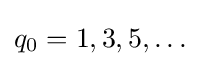
q_{0}=1,3,5,\ldots